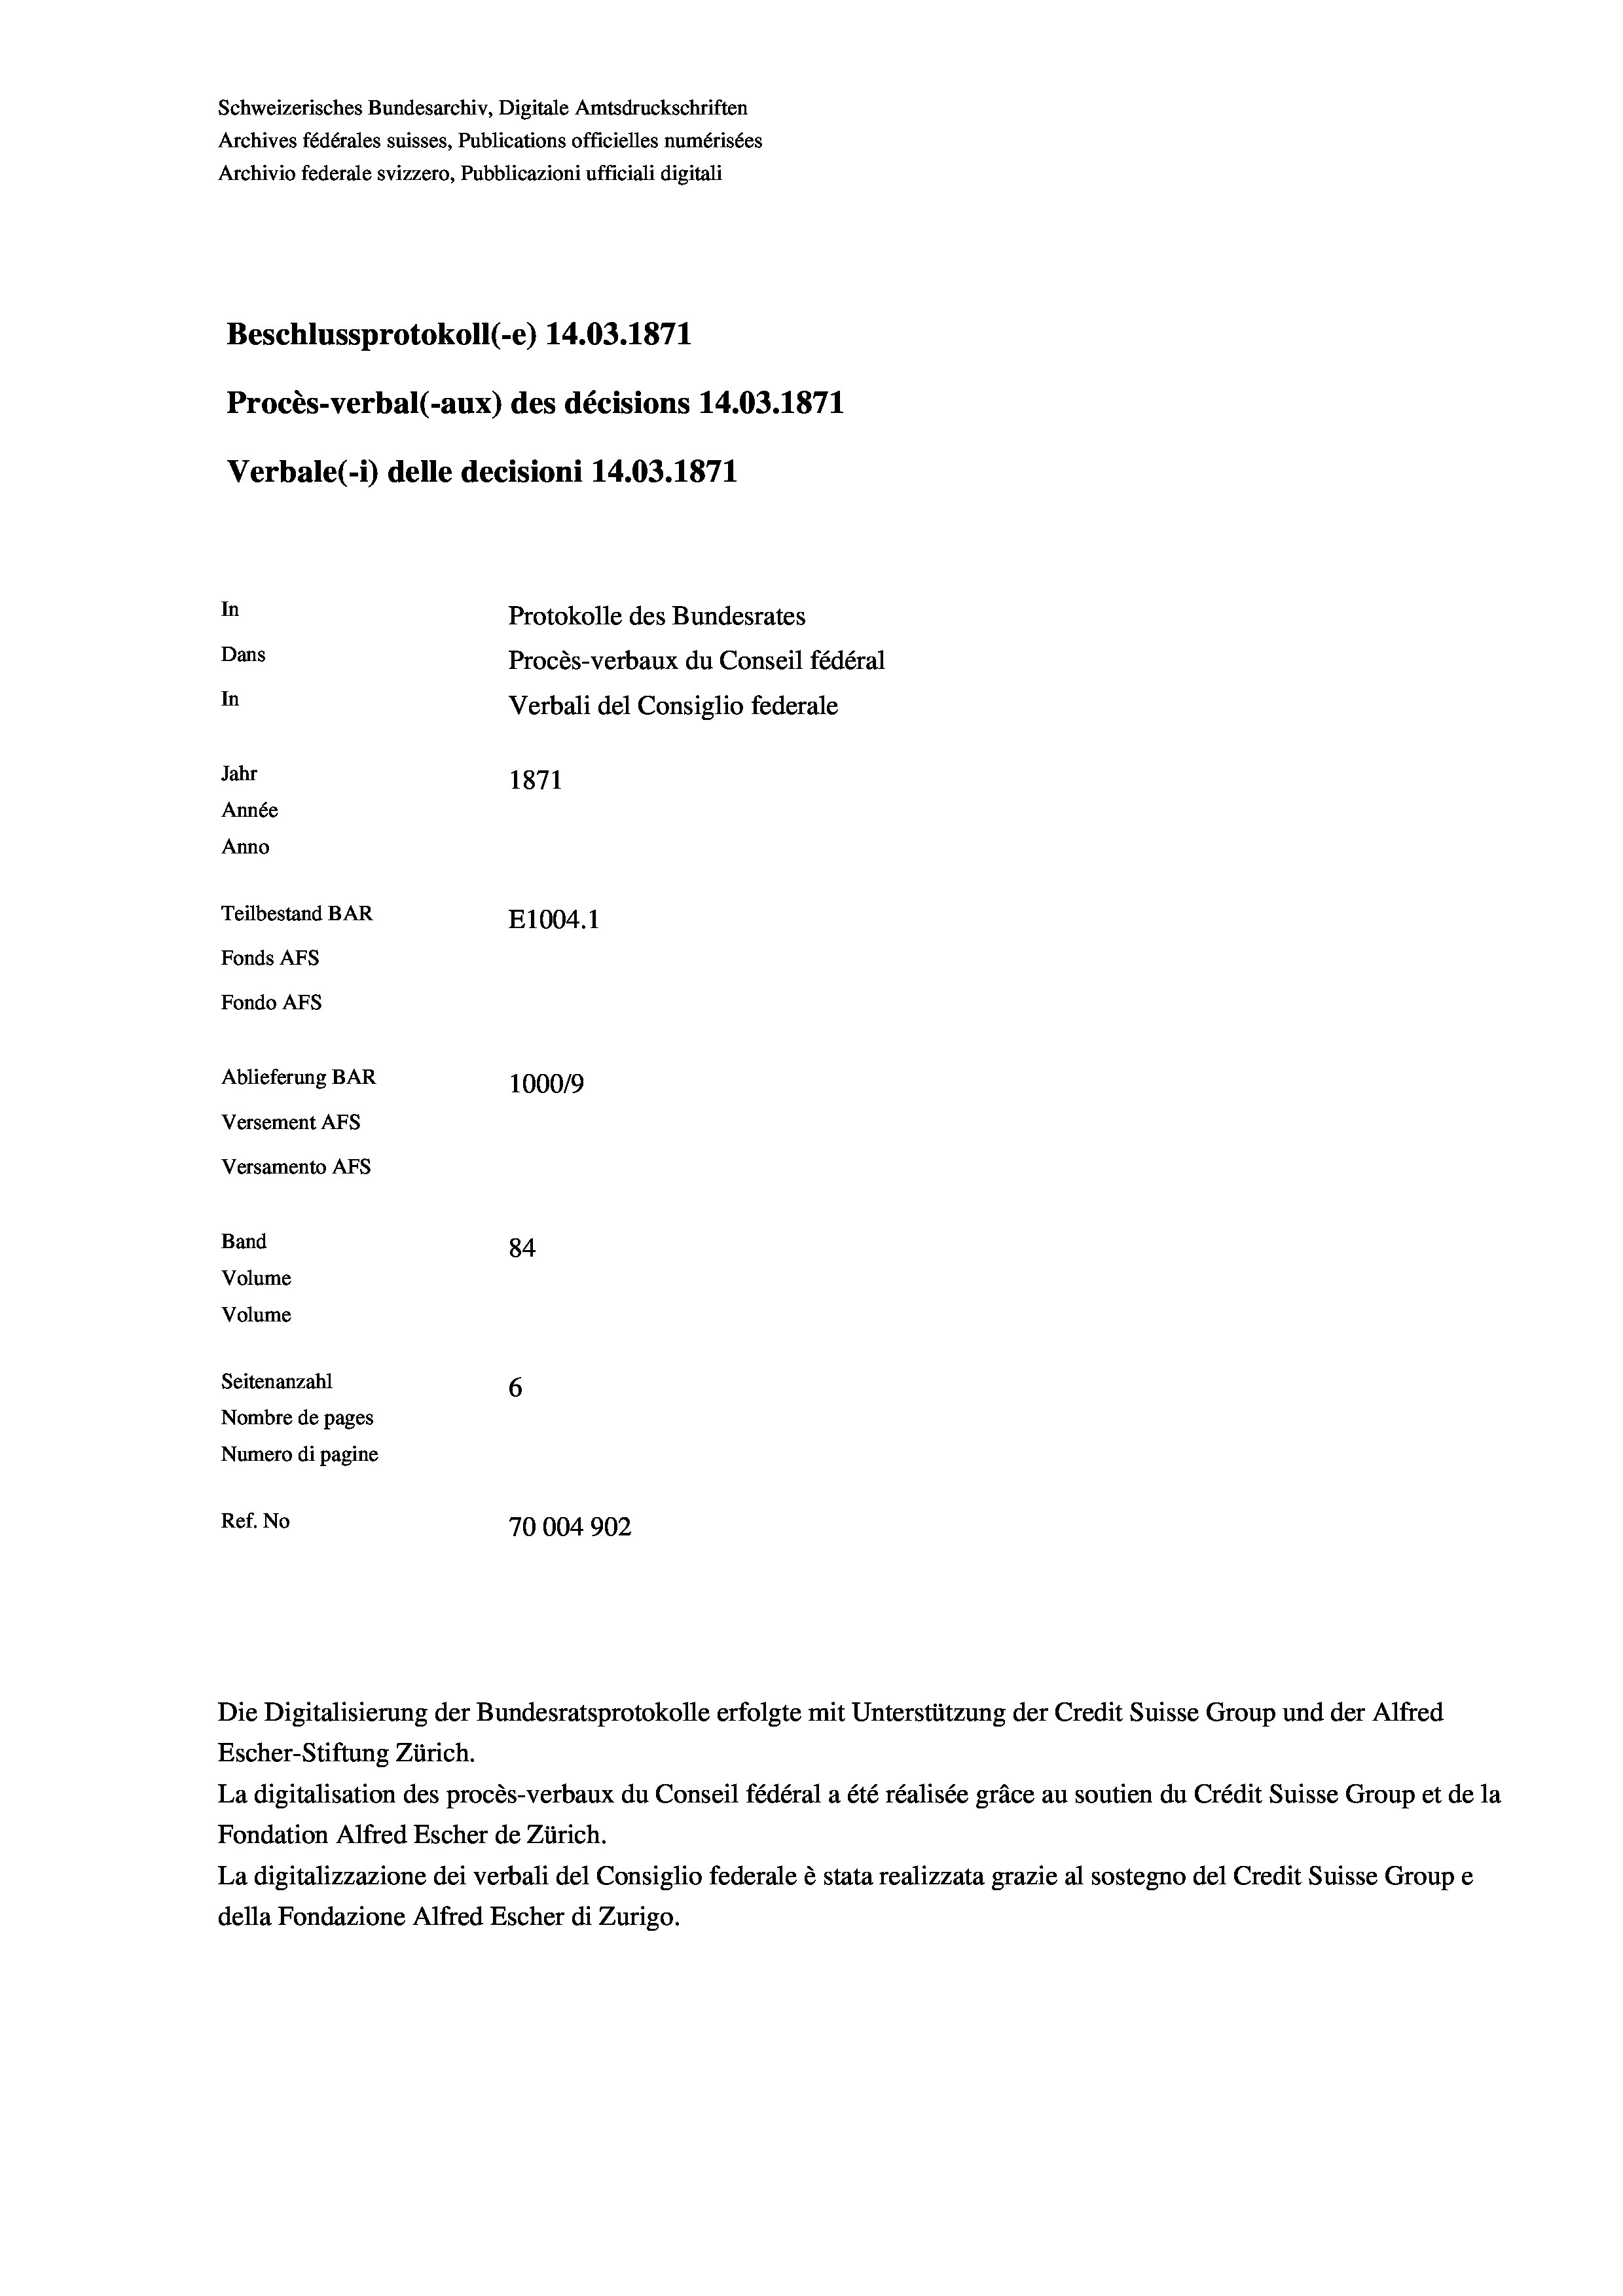
Schweizerisches Bundesarchiv, Digitale Amtsdruckschriften
Archives fédérales suisses, Publications officielles numérisées
Archivio federale svizzero, Pubblicazioni ufficiali digitali
Beschlussprotokoll (-e) 14.03. 1871
Procès-verbal (-aux) des décisions 14.03. 1871
Verbale (i) delle decisioni 14.03. 1871
In
Protokolle des Bundesrates
Dans
Procès-verbaux du Conseil fédéral
In
Verbali del Consiglio federale
Jahr
1871
Année
Anno
Teilbestand BAR
E1004.1
Fonds AFs
Fondo AFs
Ablieferung BAR
100019
Versement Abs
Versamento Afs
Band
84
Volume
Volume
Seitenanzahl
6
Nombre de pages
Numero di pagine
Ref. No
70004902

La digitalisation des procès-verbaux du Conseil fédéral a été réalisée gräce au soutien du Crédit Suisse Group et de la
Fondation Alfred Escher de Zürich.
La digitalizzazione dei verbali del Consiglio federale è stata realizzata grazie al sostegno del Credit Suisse Groupe
della Fondazione Alfred Escher di Zurigo.

Die Digitalisierung der Bundesratsprotokolle erfolgte mit Unterstützung der Credit Suisse Group und der Alfred
Escher-Stiftung Zürich.